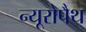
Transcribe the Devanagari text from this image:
न्यूरोपैथ